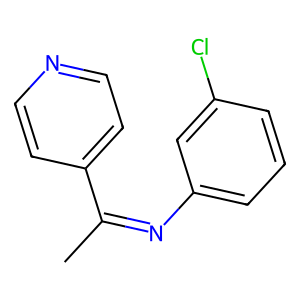
SMILES: CC(=Nc1cccc(Cl)c1)c1ccncc1
Inhibits HIV replication: No